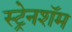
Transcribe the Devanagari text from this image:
स्ट्रेनशॅम